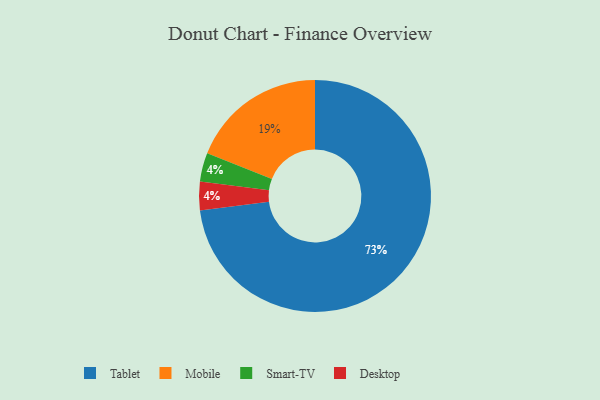
{"axis": {"x": "Category", "y": "Percentage"}, "legend": ["Desktop", "Mobile", "Smart-TV", "Tablet"], "data": [{"x": "Smart-TV", "y": 4, "type": "Smart-TV"}, {"x": "Desktop", "y": 4, "type": "Desktop"}, {"x": "Mobile", "y": 19, "type": "Mobile"}, {"x": "Tablet", "y": 73, "type": "Tablet"}]}